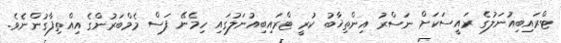
ޓްރައިބިއުނަލުގެ ރައީސަކަށް ނަސްރު އިންތިޚާބު ކުރީ ޓްރައިބިއުނަލުގައި ހިމެނޭ ފަސް މެމްބަރުންގެ އިއްތިފާގުންނެވެ.